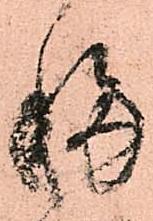
移